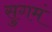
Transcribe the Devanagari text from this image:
सुगमं